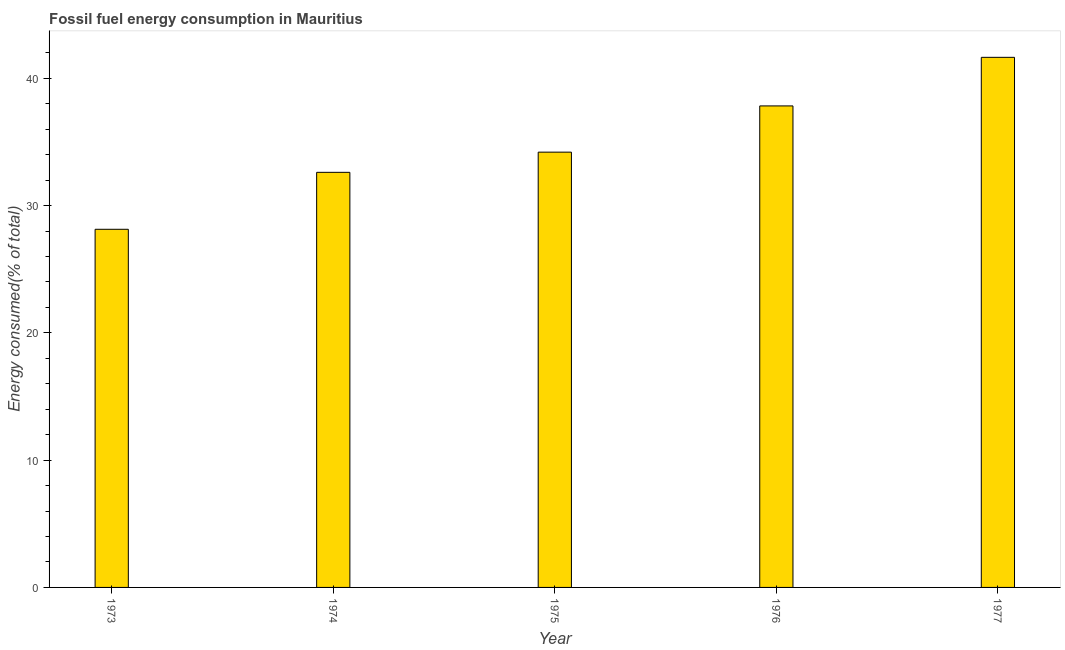
| Year | Fossil fuel energy consumption (% of total) |
 | --- | --- |
 | 1973 | 28.1 |
 | 1974 | 32.6 |
 | 1975 | 34.2 |
 | 1976 | 37.8 |
 | 1977 | 41.7 |